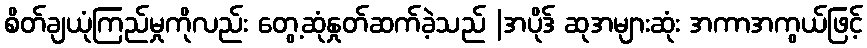
စိတ်ချယုံကြည်မှုကိုလည်း တွေ့ဆုံနှုတ်ဆက်ခဲ့သည် |အပိုဒ် ဆုအများဆုံး အကာအကွယ်ဖြင့်